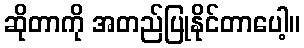
ဆိုတာကို အတည်ပြုနိုင်တာပေါ့။